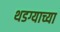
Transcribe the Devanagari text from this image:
थडग्याच्या